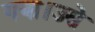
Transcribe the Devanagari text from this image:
गया।उसे